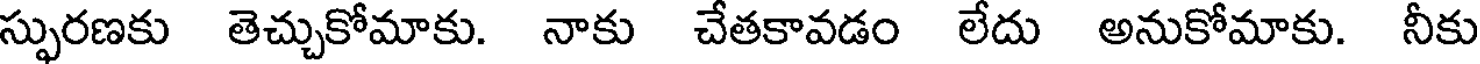
స్ఫురణకు తెచ్చుకోమాకు. నాకు చేతకావడం లేదు అనుకోమాకు. నీకు